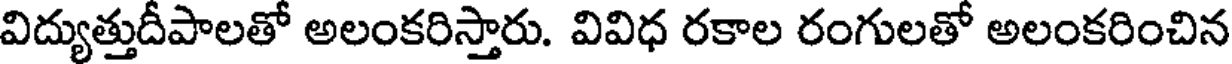
విద్యుత్తుదీపాలతో అలంకరిస్తారు. వివిధ రకాల రంగులతో అలంకరించిన